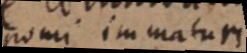
pomi immaturi.